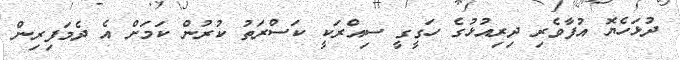
ދުޅަހެޔޮ އުފާވެރި ދިރިއުޅުގެ ހަގީގީ ސިއްރަކީ ކަސްރަތު ކުރުން ކަމަށް އެ ދެމަފިރިން